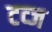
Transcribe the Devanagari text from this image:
टव्ज